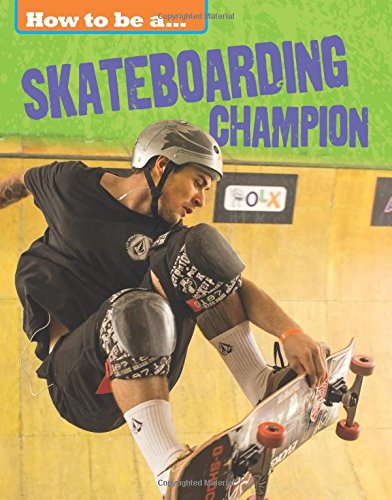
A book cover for Skateboarding Champion (How to be a Champion); Franklin Watts; Children's Books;